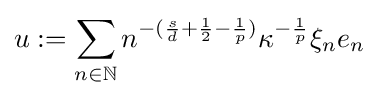
u:=\sum _{n\in \mathbb {N} }n^{-({\frac {s}{d}}+{\frac {1}{2}}-{\frac {1}{p}})}\kappa ^{-{\frac {1}{p}}}\xi _{n}e_{n}